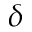
\delta